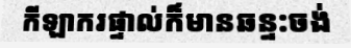
កីឡាករផ្ទាល់ក៏មានឆន្ទ:ចង់